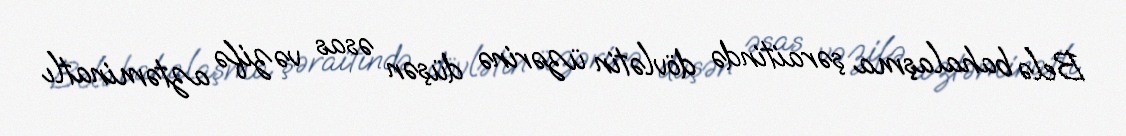
Belə bahalaşma şəraitində dövlətin üzərinə düşən əsas vəzifə aztəminatlı